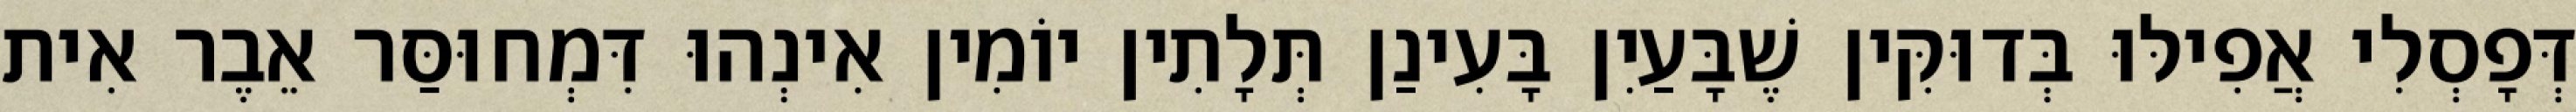
דְּפָסְלִי אֲפִילּוּ בְּדוּקִּין שֶׁבָּעַיִן בָּעִינַן תְּלָתִין יוֹמִין אִינְהוּ דִּמְחוּסַּר אֵבֶר אִית